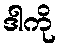
ဒါကို